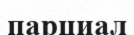
парциал